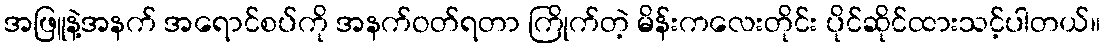
အဖြူနဲ့အနက် အရောင်စပ်ကို အနက်ဝတ်ရတာ ကြိုက်တဲ့ မိန်းကလေးတိုင်း ပိုင်ဆိုင်ထားသင့်ပါတယ်။